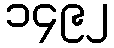
၁၄၉၂